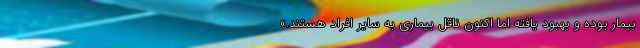
بیمار بوده و بهبود یافته اما اکنون ناقل بیماری به سایر افراد هستند.»